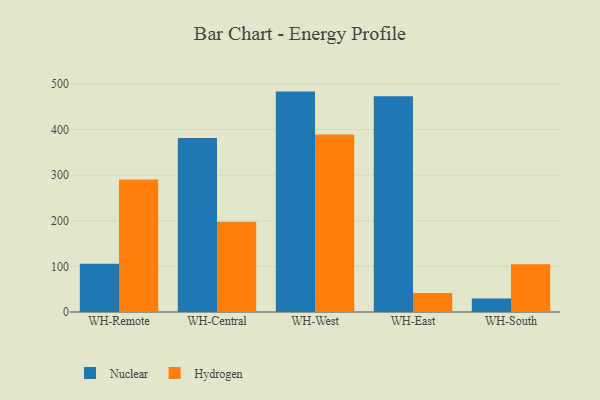
{"axis": {"x": "Warehouse", "y": "Revenue (USD Million)"}, "legend": ["Hydrogen", "Nuclear"], "data": [{"x": "WH-Remote", "y": 105.6, "type": "Nuclear"}, {"x": "WH-Remote", "y": 290.2, "type": "Hydrogen"}, {"x": "WH-Central", "y": 381.3, "type": "Nuclear"}, {"x": "WH-Central", "y": 197.9, "type": "Hydrogen"}, {"x": "WH-West", "y": 483.1, "type": "Nuclear"}, {"x": "WH-West", "y": 389.1, "type": "Hydrogen"}, {"x": "WH-East", "y": 473.0, "type": "Nuclear"}, {"x": "WH-East", "y": 41.5, "type": "Hydrogen"}, {"x": "WH-South", "y": 29.6, "type": "Nuclear"}, {"x": "WH-South", "y": 104.9, "type": "Hydrogen"}]}